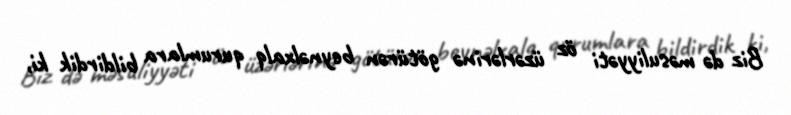
Biz də məsuliyyəti öz üzərlərinə götürən beynəlxalq qurumlara bildirdik ki,